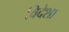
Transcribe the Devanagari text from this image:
विदेशा